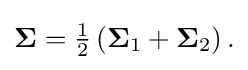
{\textstyle {\boldsymbol {\Sigma }}={\frac {1}{2}}\left({\boldsymbol {\Sigma }}_{1}+{\boldsymbol {\Sigma }}_{2}\right).}